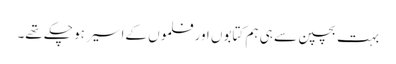
بہت بچپن سے ہی ہم کتابوں اور فلموں کےاسیر ہو چکے تھے۔